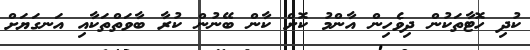
ކުދި ހޮޓާތަކުން ދިވެހިން އާންމު ކޮށް ކާން ބޭނުން ކުރާ ބާވަތްތަކާއި އަނގަޔަށް